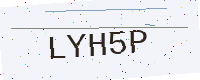
Text: LYH5P